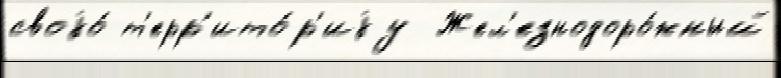
своjо́ т'ерр'ито́р'иjу  Жел'езнодоро́жный